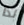
لذا